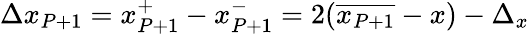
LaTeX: \Delta x_{P+1}=x_{P+1}^{+}-x_{P+1}^{-}=2(\overline{{x_{P+1}}}-x)-\Delta_{x}